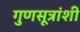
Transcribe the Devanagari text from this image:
गुणसूत्रांशी